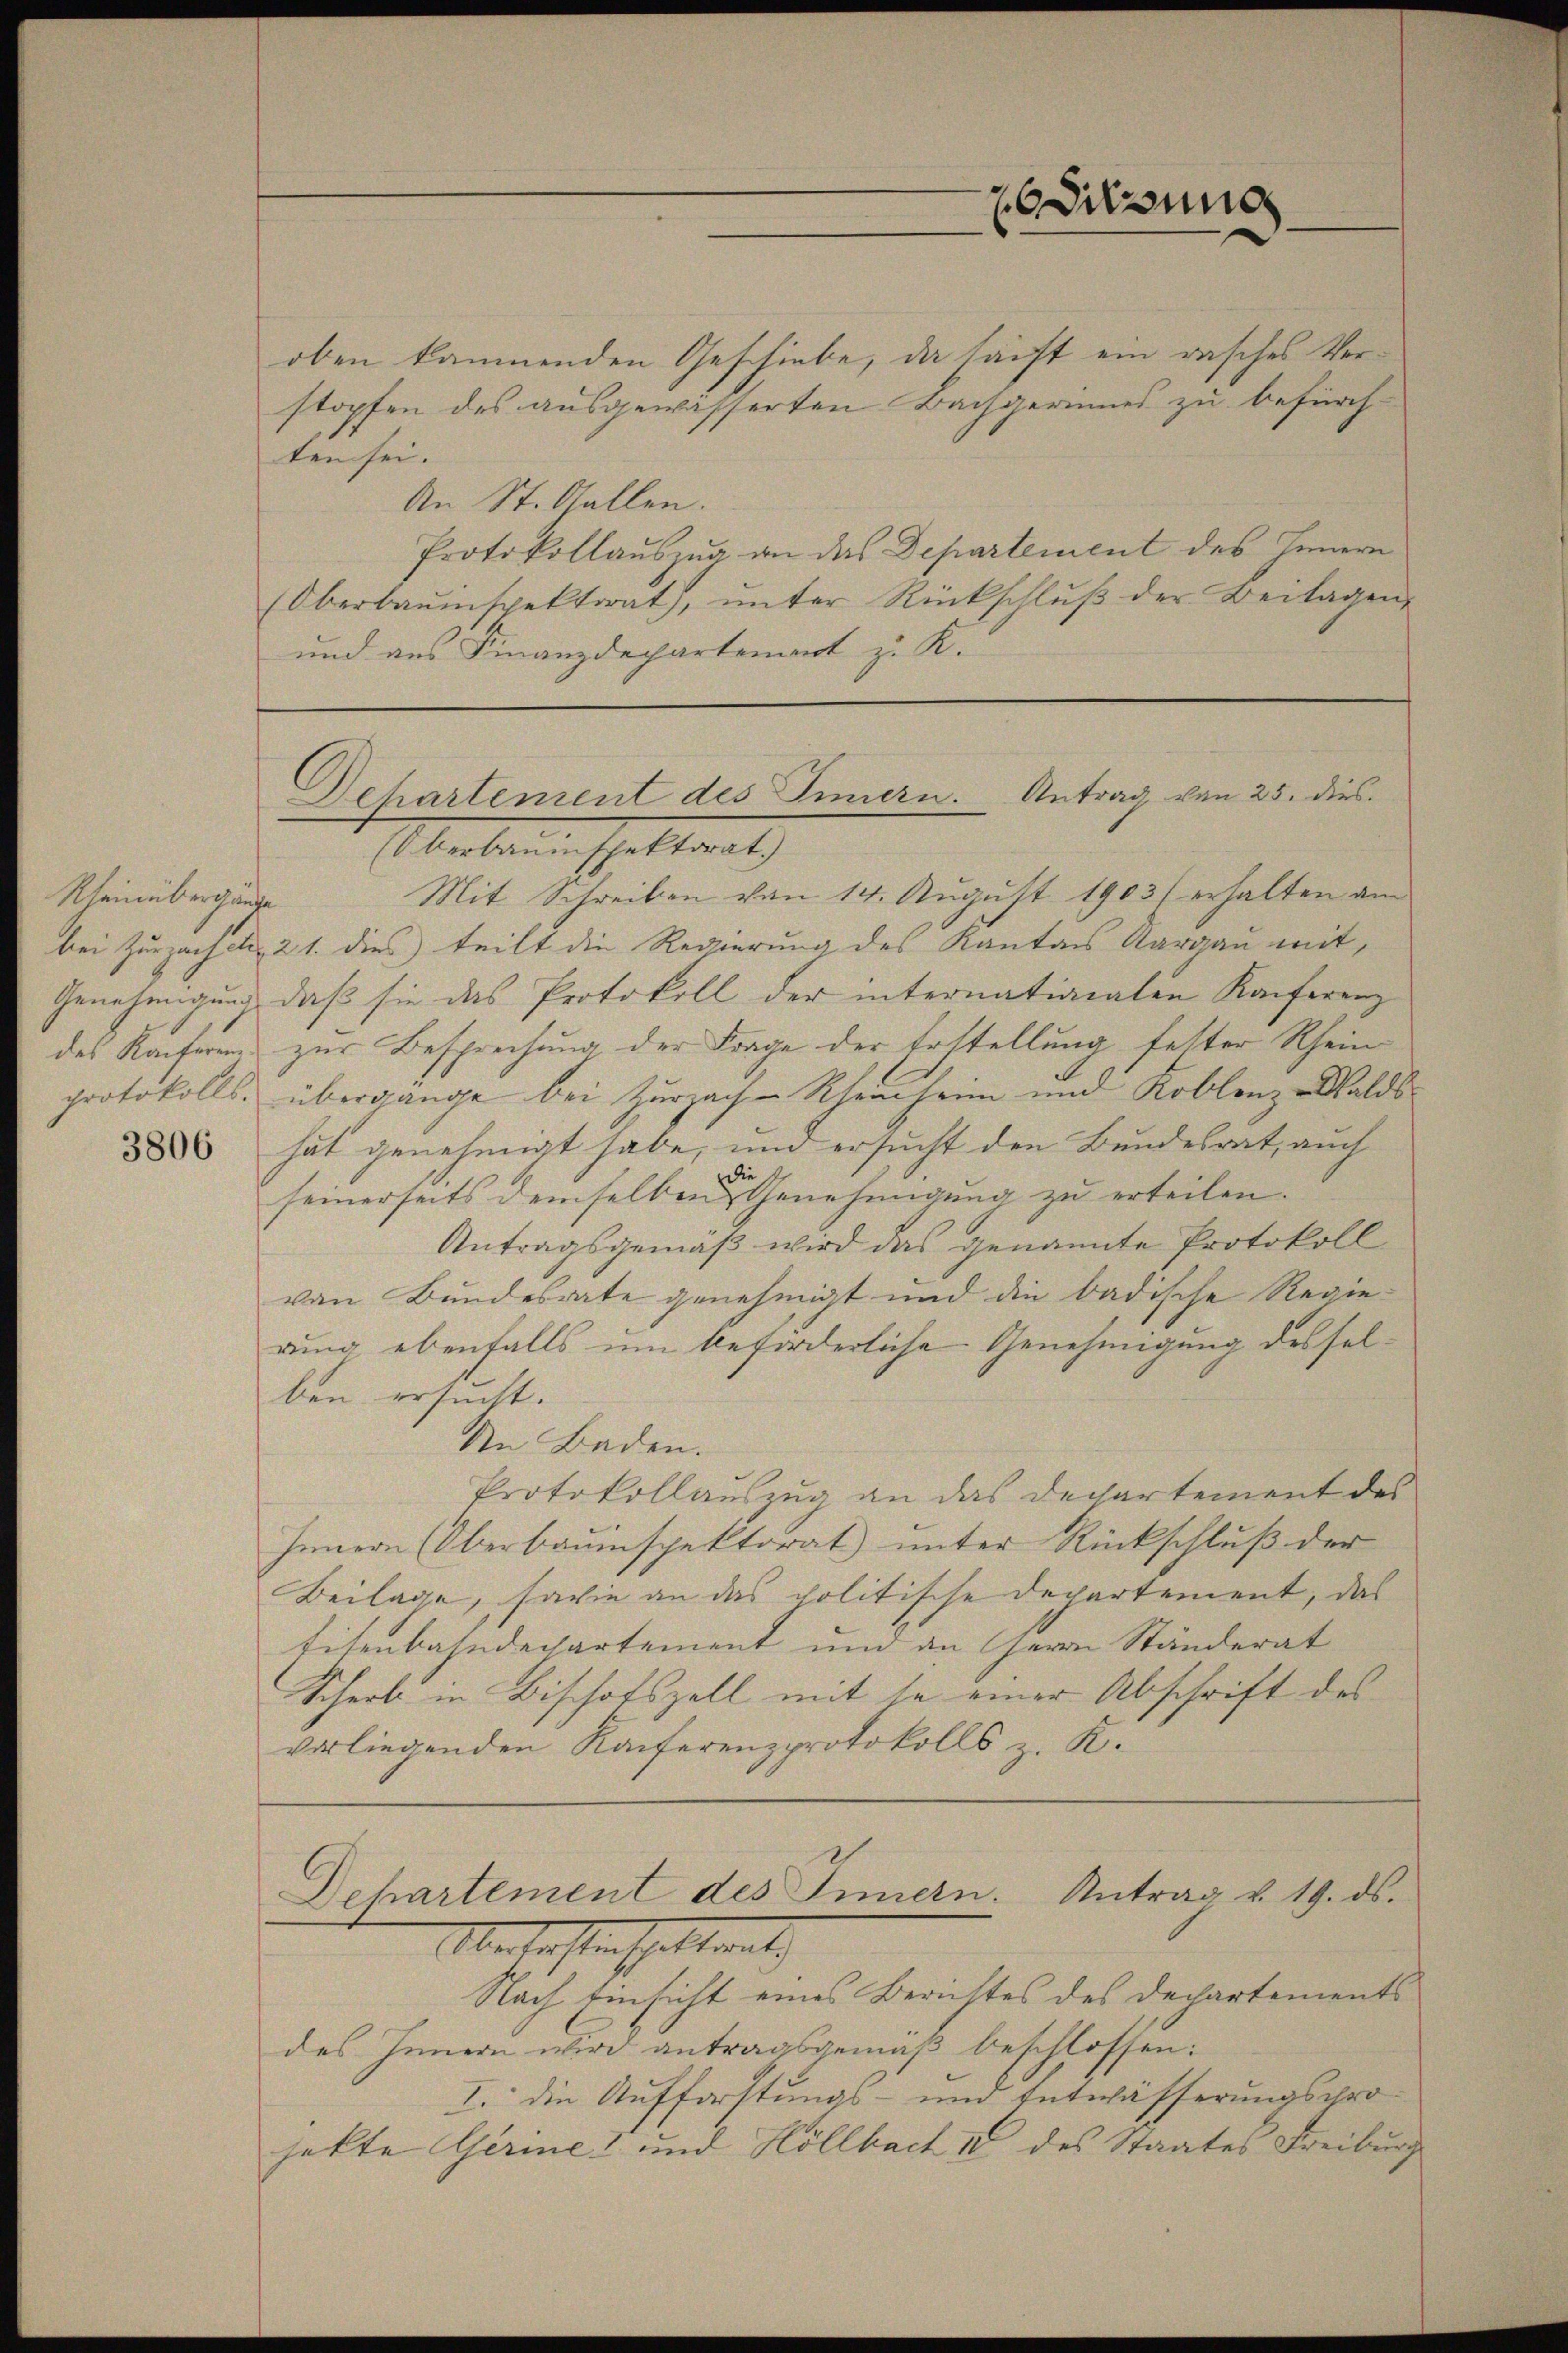
Rheinübergange

3806

Siesung

oben kämmenden Geschiebe, da sacht ein rasches Verstopfen des ausgewässerten Bachgerinnes zu befürchten sei.
An St. Gallen.
Protokollauszug an das Departement des Innern
Oberbaŭmspektorat, ŭnter Rückschlŭβ der Beilagen
und aus Finanzdepartement z. K.

Dehartement des Innern. Antrag von 25. dies

Muberne spettant
Mit Schreiben von 14. August 1903 (erhalten am
bei Zurzachet, 21. dies teilt die Regierung des Kantons Aargau mit,
Genehmigung, daß sie das Protokoll der internationalen Konferenz
des Ranferen zur Besprechung der Frage der Erstellung fetter Rhein
protokolls, übergänge bei Zurzach Rheinheim und Koblenz -Waldshat genehmigt habe, und ersucht den Bundesrat, auch
ie
d
seinerseits demselben Genehmigung zu erteilen.
Antragsgemäß wird das genannte Protokoll
von Bundesrate genehmigt und die badische Regie-
rung ebenfalls um beförderliche Genehmigung desselben ersucht.
An Baden.
Protokollauszug an das Departement des
Innern (Oberbauinspektorat unter Rückschluß der
Beilage, sowie an das politische Departement, das
fisenbahndepartement und an Herrn Ständerat
Schert in Bischofszell mit se einer Abschrift des
vorliegenden Kaiferenzprotokolls z. K.

Nach Einsicht eines Berichtes des Dechartements
des Innern wird antragsgemäß beschlossen:
I. die Aufforstungs- und Entwässerungsprojekte Gerie und Höllbach IV des Staates Freiburg

Dehartement des Innern. Antrag u. 19. ds.
Oberhaften hattent